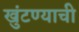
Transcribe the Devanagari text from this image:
खुंटण्याची